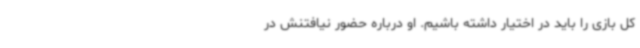
کل بازی را باید در اختیار داشته باشیم. او درباره حضور نیافتنش در